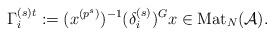
LaTeX: \begin{align*}\Gamma_i^{(s)t}:=(x^{(p^s)})^{-1} (\delta_i^{(s)})^G x \in \textup{Mat}_N(\mathcal A).\end{align*}